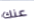
عنك